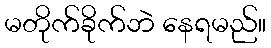
မတိုက်ခိုက်ဘဲ နေရမည်။